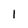
Character: l